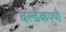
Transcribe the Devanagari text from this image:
वर्ल्डकपची